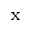
_ \mathrm { x }